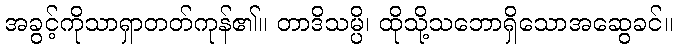
အခွင့်ကိုသာရှာတတ်ကုန်၏။ တာဒိသမ္ပိ၊ ထိုသို့သဘောရှိသောအဆွေခင်။